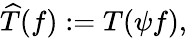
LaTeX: {\widehat{T}}(f):=T(\psi f),